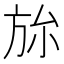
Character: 旀